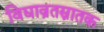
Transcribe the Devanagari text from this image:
विद्याव्रतस्नातक